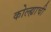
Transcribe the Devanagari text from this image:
कोल्ह्याची